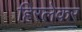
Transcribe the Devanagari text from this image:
हिरलेकर